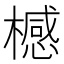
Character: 𣛴